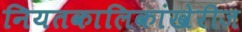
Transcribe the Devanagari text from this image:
नियतकालिकांखेरीज